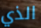
الذي